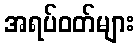
အရပ်ဝတ်များ